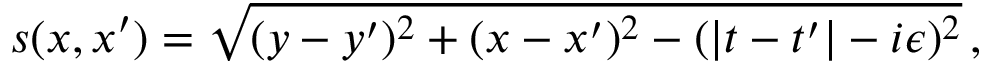
s ( x , x ^ { \prime } ) = \sqrt { ( y - y ^ { \prime } ) ^ { 2 } + ( x - x ^ { \prime } ) ^ { 2 } - ( | t - t ^ { \prime } | - i \epsilon ) ^ { 2 } } \, ,